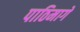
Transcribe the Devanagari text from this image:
पाठिमागे